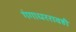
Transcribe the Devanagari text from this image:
गंगाधररावही